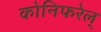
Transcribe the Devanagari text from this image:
कोनिफरेल्